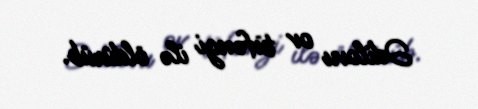
Ədilovu ov tüfəngi ilə öldürüb.